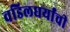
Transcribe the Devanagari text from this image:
वडिलधर्यांची